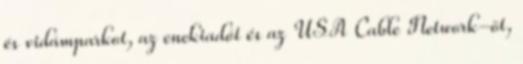
és vidámparkot, az enekiadót és az USA Cable Network-öt,